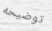
توضيحه